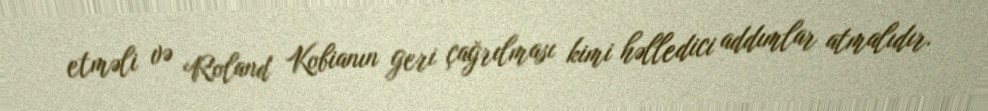
etməli və Roland Kobianın geri çağrılması kimi həlledici addımlar atmalıdır.